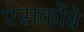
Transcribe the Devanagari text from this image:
एंसकोंबे